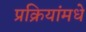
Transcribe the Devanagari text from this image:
प्रक्रियांमधे